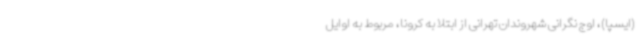
(ایسپا)، اوج نگرانی شهروندان تهرانی از ابتلا به کرونا، مربوط به اوایل